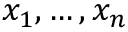
x _ { 1 } , \dots , x _ { n }